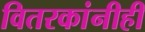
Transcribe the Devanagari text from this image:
वितरकांनीही